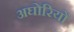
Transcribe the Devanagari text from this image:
अघोरियों